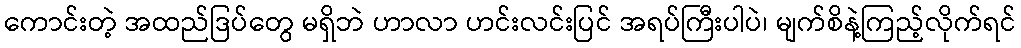
ကောင်းတဲ့ အထည်ဒြပ်တွေ မရှိဘဲ ဟာလာ ဟင်းလင်းပြင် အရပ်ကြီးပါပဲ၊ မျက်စိနဲ့ကြည့်လိုက်ရင်